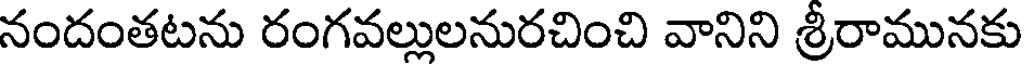
నందంతటను రంగవల్లులనురచించి వానిని శ్రీరామునకు